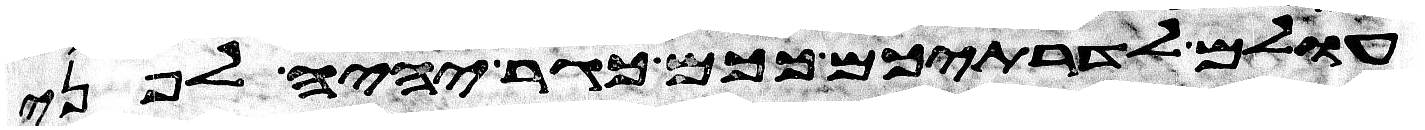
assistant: עולם לדרתיכם ככם כגר יהיה לפני